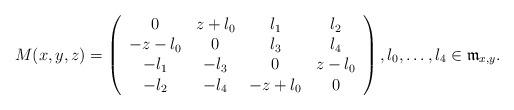
LaTeX: \begin{align*}M(x,y,z) =\left( \begin{array} {cccc}0 & z+\l_0 & \l_1 & \l_2 \\-z-\l_0 & 0 & \l_3 & \l_4 \\-\l_1 & -\l_3 & 0 & z- \l_0\\-\l_2 & -\l_4 & -z+\l_0 & 0 \end{array}\right), \l_0, \dots, \l_4 \in \frak m_{x,y}.\end{align*}